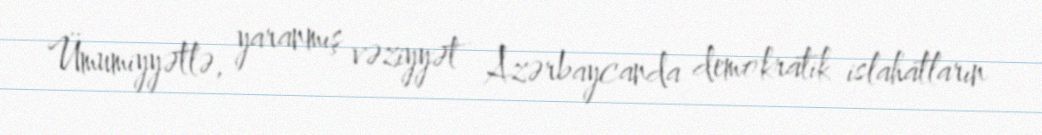
Ümumiyyətlə, yaranmış vəziyyət Azərbaycanda demokratik islahatların